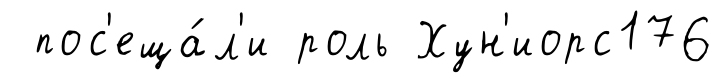
пос'еща́л'и роль Хун'иорс176